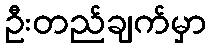
ဦးတည်ချက်မှာ